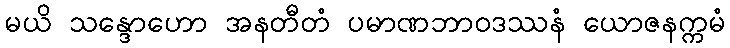
မယိ သန္ဒောဟော အနတီတံ ပမာဏဘာဝဒဿနံ ယောဇနက္ကမံ